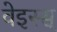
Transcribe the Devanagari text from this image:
वेइस्स्